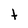
Character: t